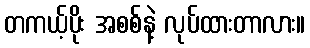
တကယ့်ပိုး အစစ်နဲ့ လုပ်ထားတာလား။